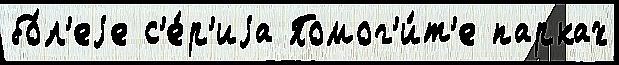
бо́л'еjе с'е́р'иjа Помог'и́т'е парках